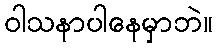
ဝါသနာပါနေမှာဘဲ။